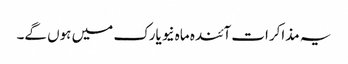
یہ مذاکرات آئندہ ماہ نیویارک میں ہوں گے۔